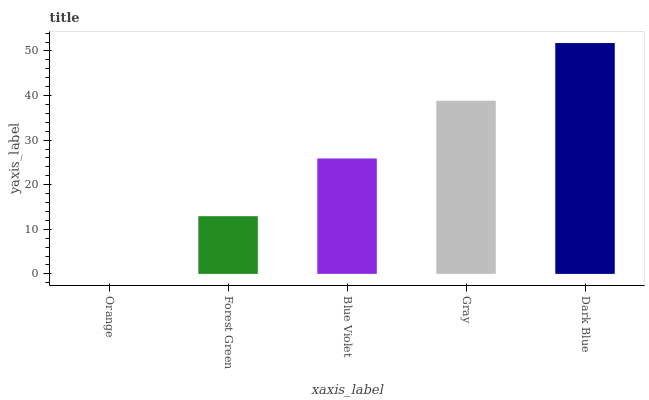
| xaxis_label | bars |
 | --- | --- |
 | Orange | 0 |
 | Forest Green | 12.9 |
 | Blue Violet | 25.9 |
 | Gray | 38.8 |
 | Dark Blue | 51.8 |